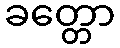
ခတ္တော